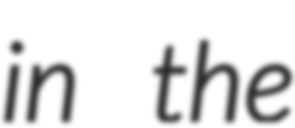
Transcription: in the